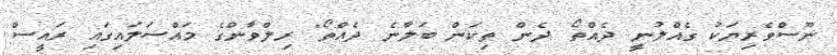
ނޫސްވެރިޔަކު ގެއްލުނީ ދެއްތޯ ދެން ތިކަން ބަލާނެ ދެއްތޯ" ރިލްވާންގެ މައްސަލައިގައި ރައީސް